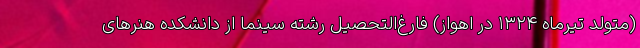
(متولد تیرماه ۱۳۲۴ در اهواز) فارغ‌التحصیل رشته سینما از دانشکده هنرهای